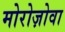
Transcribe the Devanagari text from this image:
मोरोज़ोवा